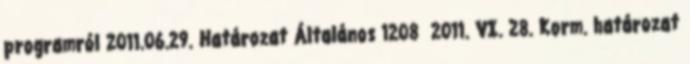
programról 2011.06.29. Határozat Általános 1208 2011. VI. 28. Korm. határozat